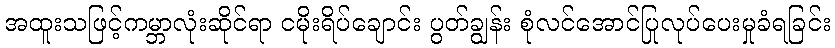
အထူးသဖြင့်ကမ္ဘာလုံးဆိုင်ရာ ငမိုးရိပ်ချောင်း ပွတ်ချွန်း စုံလင်အောင်ပြုလုပ်ပေးမှုခံရခြင်း